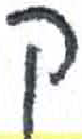
אות: ק